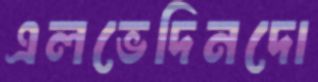
এলভেদিনদো